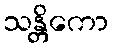
သန္တိကော